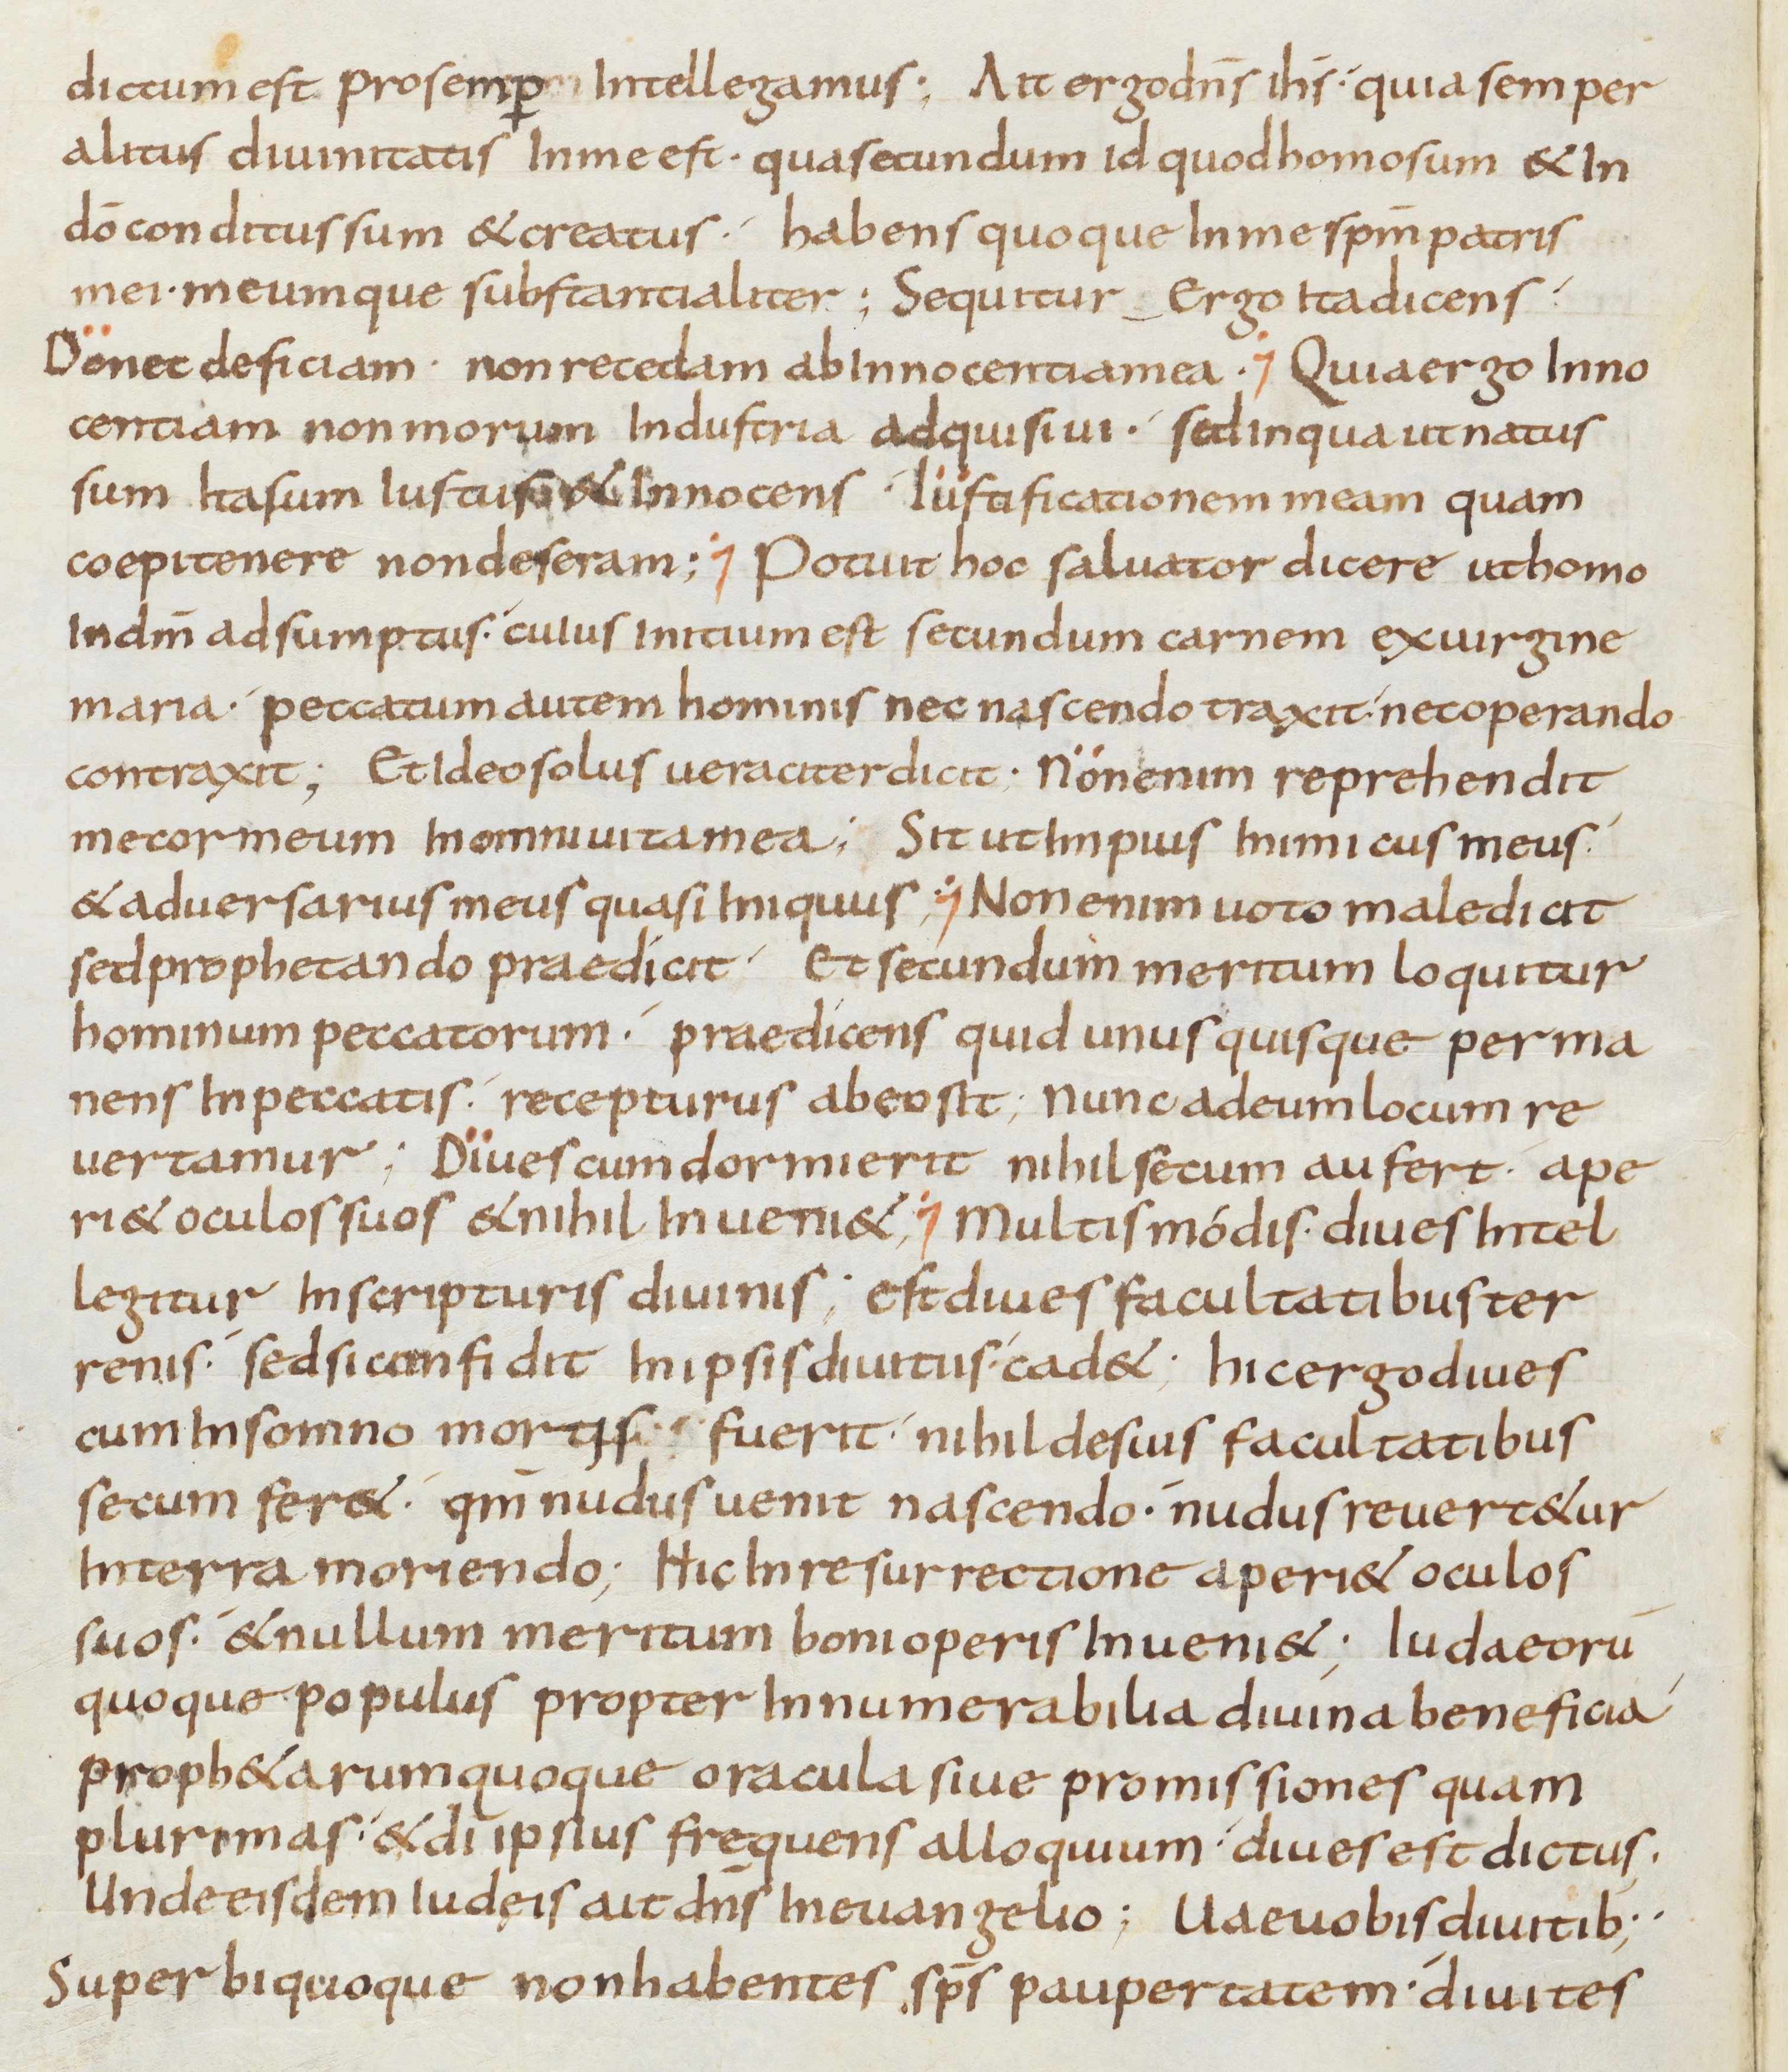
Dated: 800–899